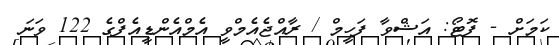
ކަމަށް - ފޮޓޯ: އަޝްވާ ފަހީމް / ރާއްޖެއެމްވީ އެމްއެންޑީއެފްގެ 122 ވަނަ